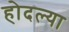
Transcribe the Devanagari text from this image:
होदल्या